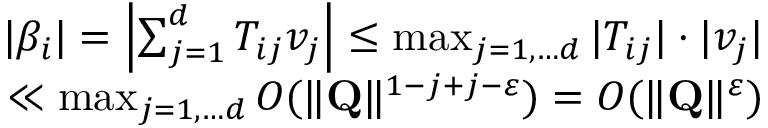
\begin{array} { r } { \vert \beta _ { i } \vert = \left| \sum _ { j = 1 } ^ { d } T _ { i j } v _ { j } \right| \leq \operatorname* { m a x } _ { j = 1 , \dots d } \vert T _ { i j } \vert \cdot \vert v _ { j } \vert } \\ { \ll \operatorname* { m a x } _ { j = 1 , \dots d } O ( \Vert \mathbf { Q } \Vert ^ { 1 - j + j - \varepsilon } ) = O ( \Vert \mathbf { Q } \Vert ^ { \varepsilon } ) } \end{array}